Lunatic asylums Bombay report 1878-1890 - 1878-1890
Year: 1878
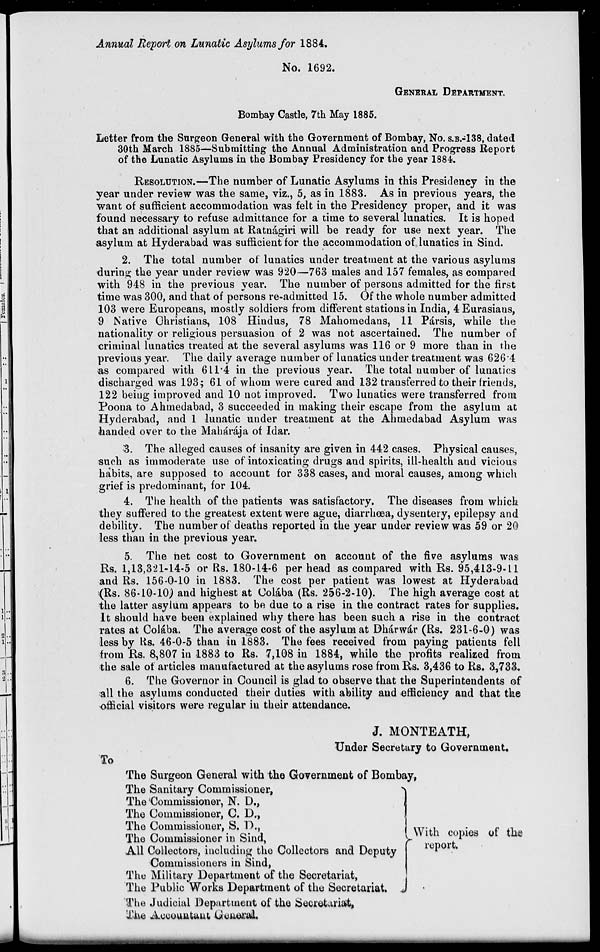
Annual Report on Lunatic Asylums for 1884.
No. 1692.
GENERAL DEPARTMENT.
Bombay Castle, 7th May 1885.
Letter from the Surgeon General with the Government of Bombay, No. S.B.-138, dated
30th March 1885—Submitting the Annual Administration and Progress Report
of the Lunatic Asylums in the Bombay Presidency for the year 1884.
RESOLUTION.—The number of Lunatic Asylums in this Presidency in the
year under review was the same, viz., 5, as in 1883. As in previous years, the
want of sufficient accommodation was felt in the Presidency proper, and it was
found necessary to refuse admittance for a time to several lunatics. It is hoped
that an additional asylum at Ratnágiri will be ready for use next year. The
asylum at Hyderabad was sufficient for the accommodation of lunatics in Sind.
2. The total number of lunatics under treatment at the various asylums
during the year under review was 920—763 males and 157 females, as compared
with 948 in the previous year. The number of persons admitted for the first
time was 300, and that of persons re-admitted 15. Of the whole number admitted
103 were Europeans, mostly soldiers from different stations in India, 4 Eurasians,
9 Native Christians, 108 Hindus, 78 Mahomedans, 11 Pársis, while the
nationality or religious persuasion of 2 was not ascertained. The number of
criminal lunatics treated at the several asylums was 116 or 9 more than in the
previous year. The daily average number of lunatics under treatment was 626.4
as compared with 611.4 in the previous year. The total number of lunatics
discharged was 193; 61 of whom were cured and 132 transferred to their friends,
122 being improved and 10 not improved. Two lunatics were transferred from
Poona to Ahmedabad, 3 succeeded in making their escape from the asylum at
Hyderabad, and 1 lunatic under treatment at the Ahmedabad Asylum was
handed over to the Mahárája of Idar.
3. The alleged causes of insanity are given in 442 cases. Physical causes,
such as immoderate use of intoxicating drugs and spirits, ill-health and vicious
habits, are supposed to account for 338 cases, and moral causes, among which
grief is predominant, for 104.
4. The health of the patients was satisfactory. The diseases from which
they suffered to the greatest extent were ague, diarrhœa, dysentery, epilepsy and
debility. The number of deaths reported in the year under review was 59 or 20
less than in the previous year.
5. The net cost to Government on account of the five asylums was
Rs. 1,13,321-14-5 or Rs. 180-14-6 per head as compared with Rs. 95,413-9-11
and Rs. 156-0-10 in 1883. The cost per patient was lowest at Hyderabad
(Rs. 86-10-10) and highest at Colába (Rs. 256-2-10). The high average cost at
the latter asylum appears to be due to a rise in the contract rates for supplies.
It should have been explained why there has been such a rise in the contract
rates at Colába. The average cost of the asylum at Dhárwár (Rs. 231-6-0) was
less by Rs. 46-0-5 than in 1883. The fees received from paying patients fell
from Rs. 8,807 in 1883 to Rs. 7,108 in 1884, while the profits realized from
the sale of articles manufactured at the asylums rose from Rs. 3,436 to Rs. 3,733.
6. The Governor in Council is glad to observe that the Superintendents of
all the asylums conducted their duties with ability and efficiency and that the
official visitors were regular in their attendance.
J. MONTEATH,
Under Secretary to Government.
To
The Surgeon General with the Government of Bombay,
The Sanitary Commissioner,
The Commissioner, N. D.,
The Commissioner, C. D.,
The Commissioner, S. D.,
The Commissioner in Sind,
All Collectors, including the Collectors and Deputy
Commissioners in Sind,
The Military Department of the Secretariat,
The Public Works Department of the Secretariat.
The Judicial Department of the Secretariat,
The Accountant General.
With copies of the
report.